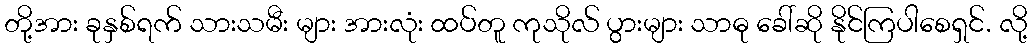
တို့အား ခုနှစ်ရက် သားသမီး များ အားလုံး ထပ်တူ ကုသိုလ် ပွားများ သာဓု ခေါ်ဆို နိုင်ကြပါစေရှင်. လို့